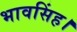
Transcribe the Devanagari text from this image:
भावसिंह।